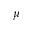
\mu